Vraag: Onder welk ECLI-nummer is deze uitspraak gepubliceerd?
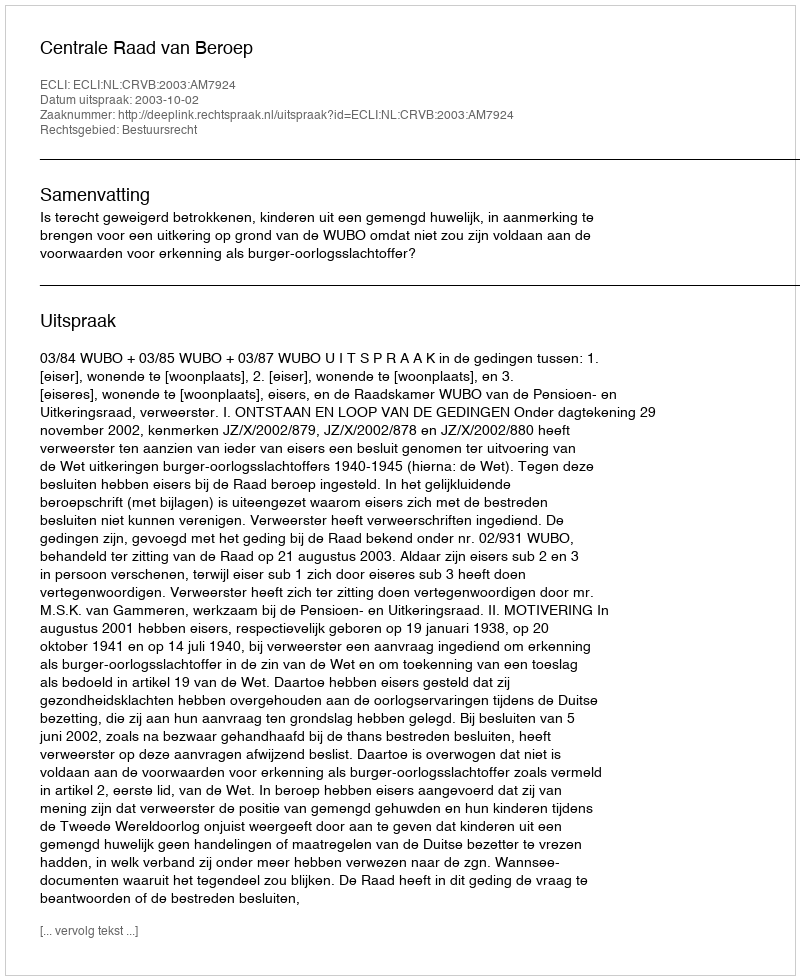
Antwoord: ECLI:NL:CRVB:2003:AM7924